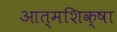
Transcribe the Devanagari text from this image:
आत्मशिक्षा